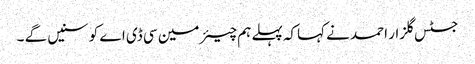
جسٹس گلزار احمد نے کہاکہ پہلے ہم چیئرمین سی ڈی اے کو سنیں گے ۔